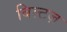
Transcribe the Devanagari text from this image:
बिल्टज़